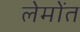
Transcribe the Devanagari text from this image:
लेमोंत